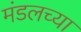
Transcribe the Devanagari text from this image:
मंडलच्या